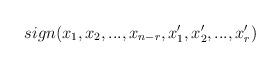
LaTeX: \begin{align*}sign(x_{1},x_{2},...,x_{n-r},x_{1}^{\prime },x_{2}^{\prime},...,x_{r}^{\prime })\end{align*}